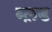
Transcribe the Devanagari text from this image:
ब्ल़ड